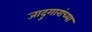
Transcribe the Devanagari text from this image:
जादुगारांच्या